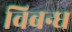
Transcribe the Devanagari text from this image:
विबन्ध